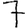
Digit: 7